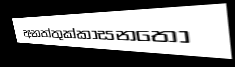
අනත්තුක්කාසනතෝ